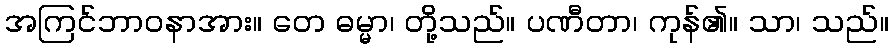
အကြင်ဘာဝနာအား။ တေ ဓမ္မာ၊ တို့သည်။ ပဏီတာ၊ ကုန်၏။ သာ၊ သည်။